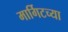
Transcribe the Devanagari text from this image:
मार्गिटच्या